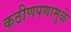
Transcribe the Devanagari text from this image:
कठीणपणामुळे